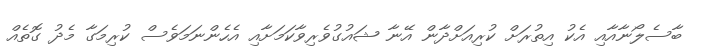
ބާސެލޯނާއާއި އެކު އިތުރަށް ކުރިއަށްދާން އޭނާ ޝައުގުވެރިވާކަމަށާއި އެހެންނަމަވެސް ކުރިމަގާ މެދު ގޮތެއް